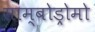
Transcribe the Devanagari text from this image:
साम्बोड्रोमो